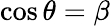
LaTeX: \cos\theta=\beta